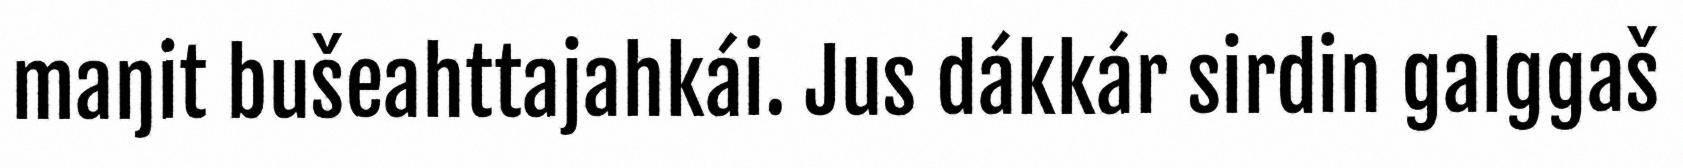
maŋit bušeahttajahkái. Jus dákkár sirdin galggaš